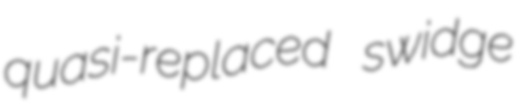
quasi-replaced swidge